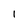
Character: l